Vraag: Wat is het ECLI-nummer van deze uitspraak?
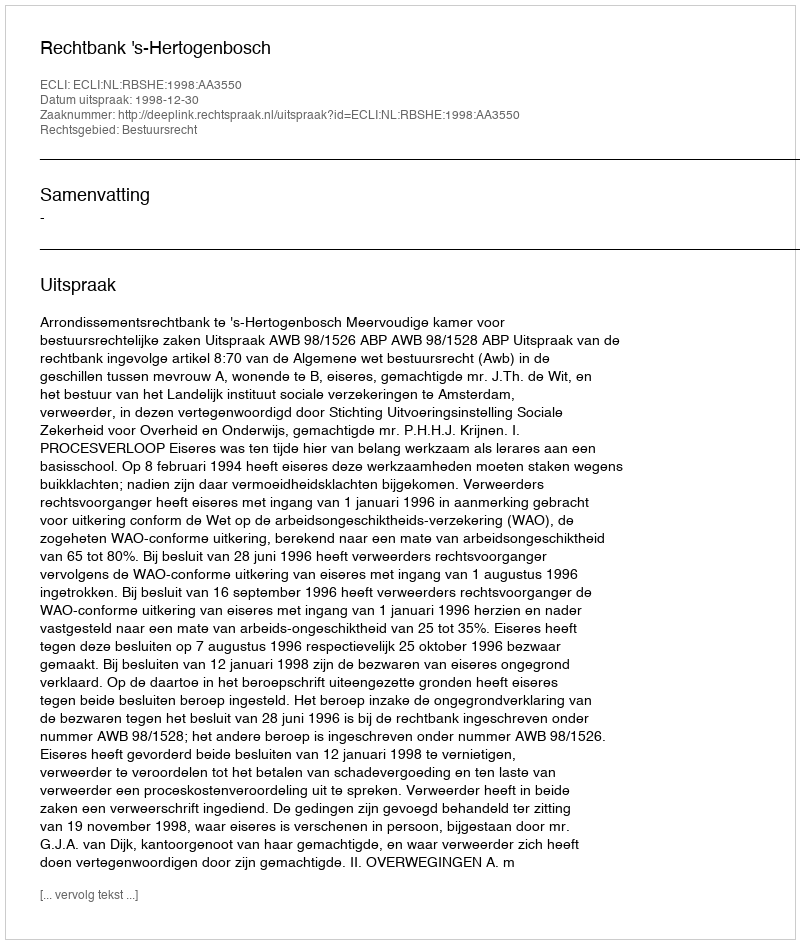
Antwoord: ECLI:NL:RBSHE:1998:AA3550